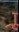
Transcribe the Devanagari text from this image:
र्‍ाू